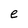
Character: e